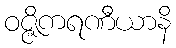
ဝဇ္ဇိကရဏီယာနိ